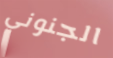
الجنوني